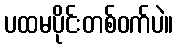
ပထမပိုင်းတစ်ဝက်ပဲ။